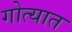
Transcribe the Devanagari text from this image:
गोत्यात